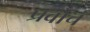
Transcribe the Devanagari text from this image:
प्रवोचं